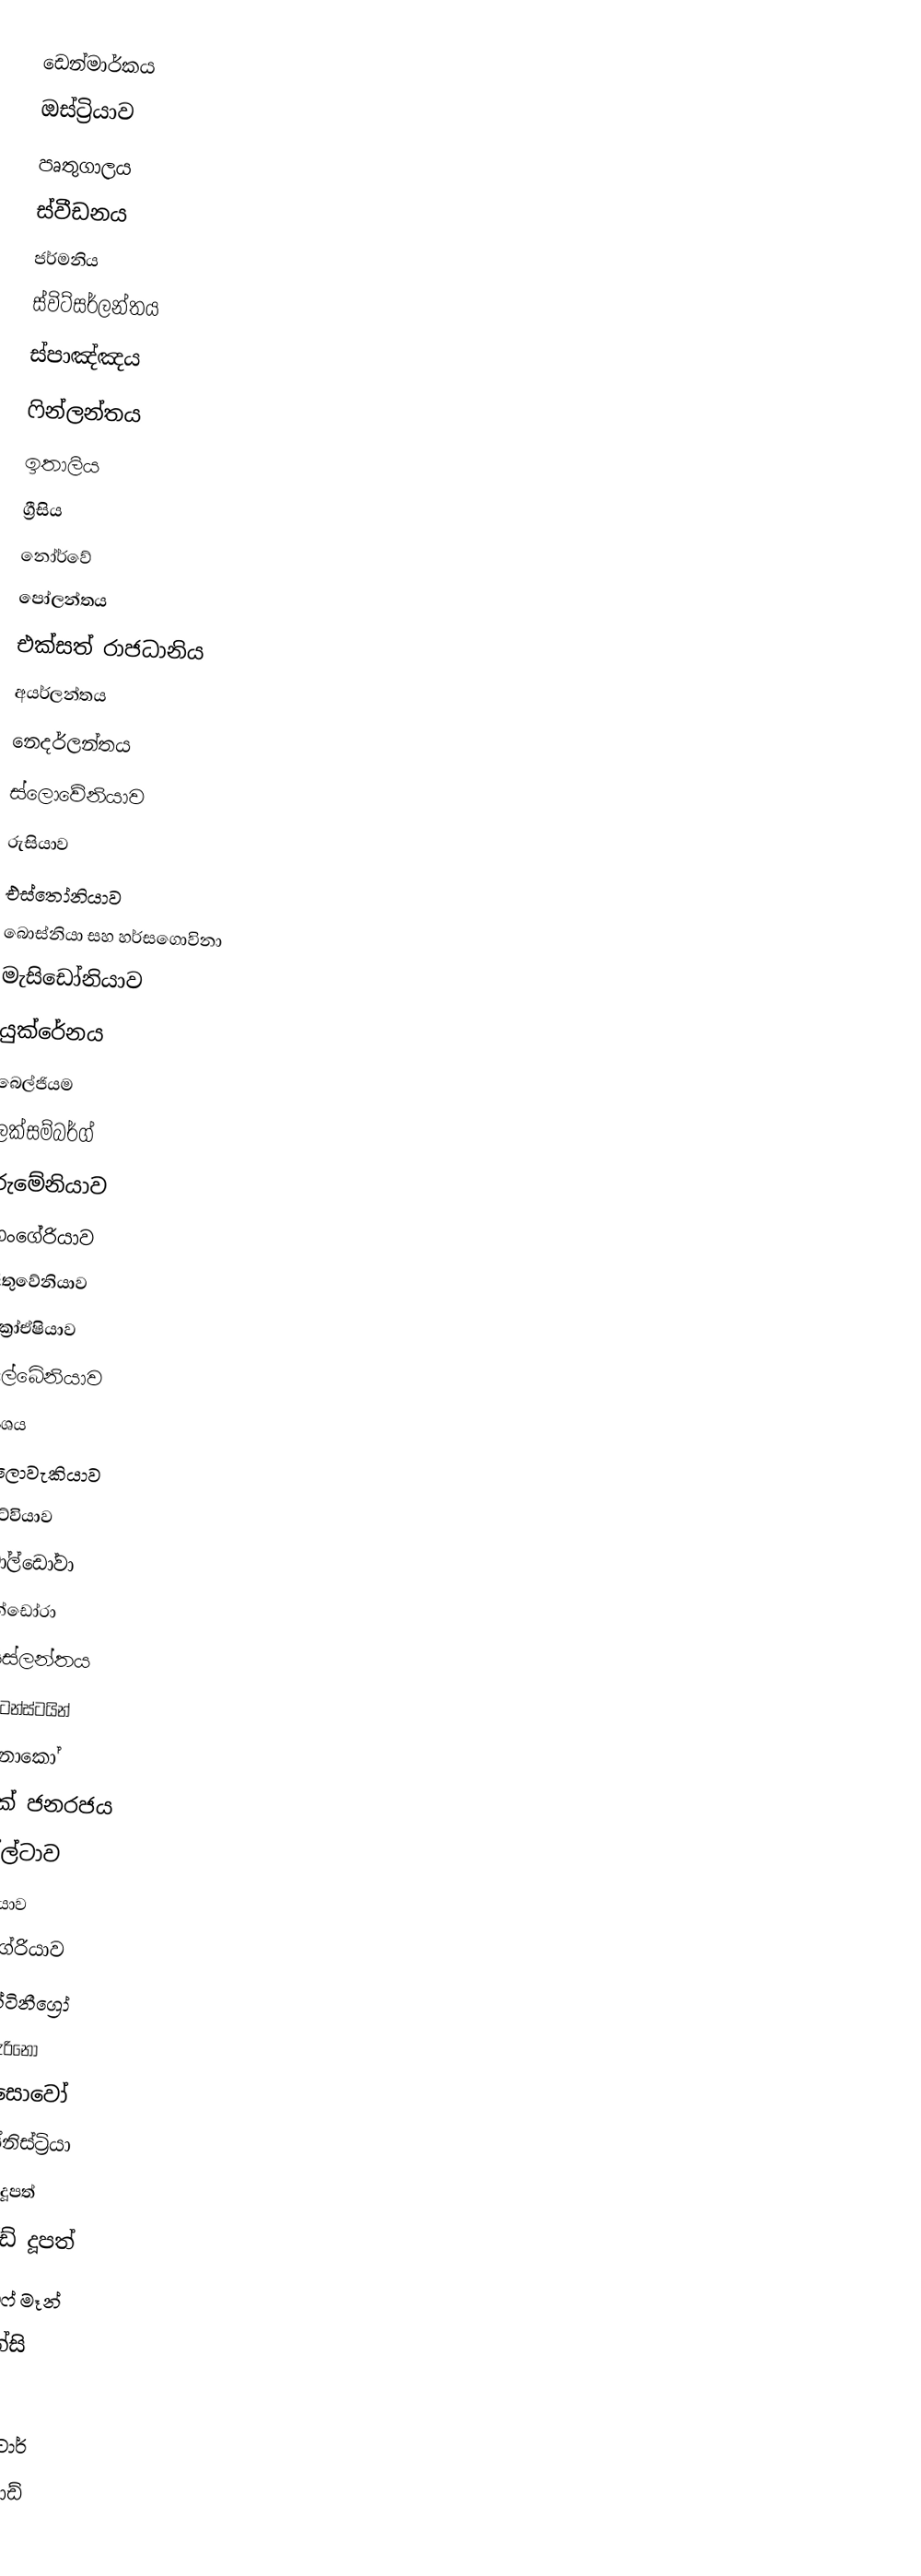
ඩෙන්මාර්කය
ඔස්ට්‍රියාව
පෘතුගාලය
ස්වීඩනය
ජර්මනිය
ස්විට්සර්ලන්තය
ස්පාඤ්ඤය
ෆින්ලන්තය
ඉතාලිය
ග්‍රීසිය
නෝර්වේ
පෝලන්තය
එක්සත් රාජධානිය
අයර්ලන්තය
නෙදර්ලන්තය
ස්ලොවේනියාව
රුසියාව
එස්තෝනියාව
බොස්නියා සහ හර්සගොවිනා
මැසිඩෝනියාව
යුක්රේනය
බෙල්ජියම
ලක්සම්බර්ග්
රුමේනියාව
හංගේරියාව
ලිතුවේනියාව
ක්‍රෝඒෂියාව
ඇල්බේනියාව
ප්‍රංශය
ස්ලොවැකියාව
ලැට්වියාව
මෝල්ඩෝවා
ඇන්ඩෝරා
අයිස්ලන්තය
ලීච්ටෙන්ස්ටයින්
මොනාකෝ
චෙක් ජනරජය
මෝල්ටාව
සර්බියාව
බල්ගේරියාව
මොන්ටිනීග්‍රෝ
සැන් මැරිනෝ
කොසොවෝ
ට්‍රාන්ස්නිස්ට්‍රියා
ෆැරෝ දූපත්
ඒලන්ඩ් දූපත්
අයිල් ඔෆ් මෑන්
ගුවෙන්සි
ජර්සි
ජිබ්‍රෝල්ටාර්
ස්වැල්බාඩ්